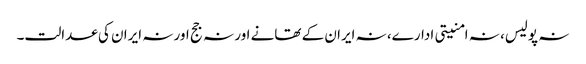
نہ پولیس، نہ امنیتی ادارے، نہ ایران کے تھانے اور نہ جج اور نہ ایران کی عدالت۔